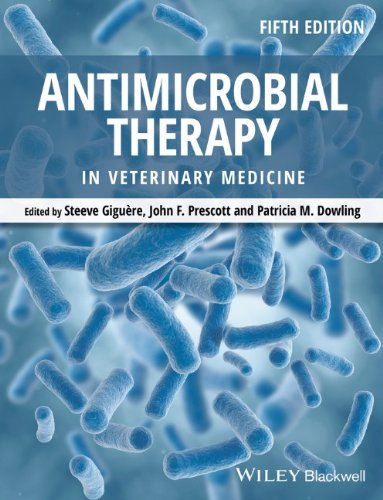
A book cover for Antimicrobial Therapy in Veterinary Medicine; Medical Books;